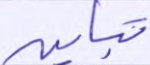
تباين